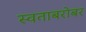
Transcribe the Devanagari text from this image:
स्वताबरोबर